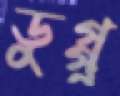
ডুগ্গু